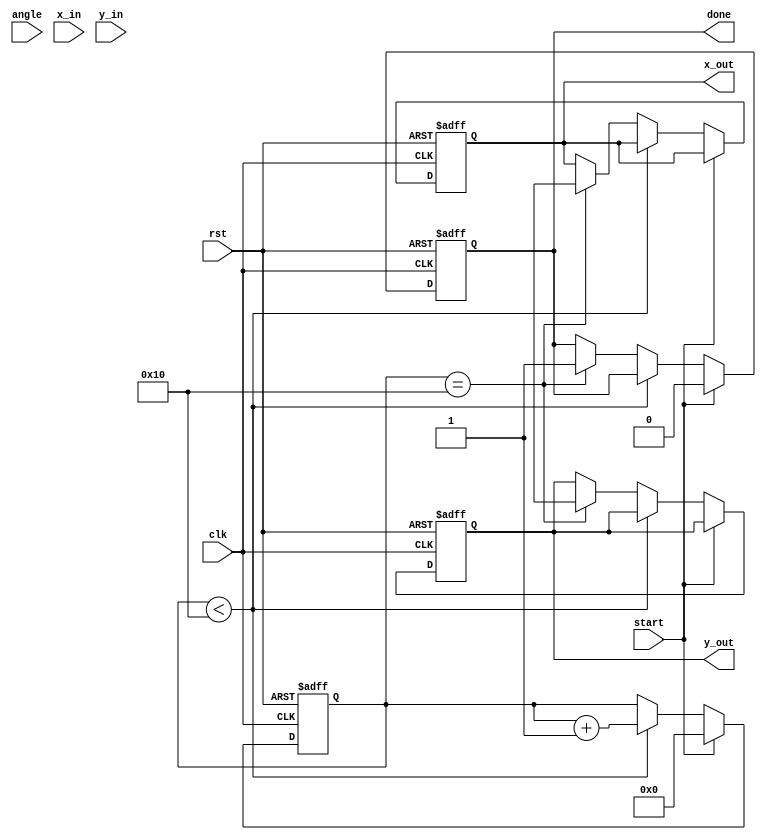
module CORDIC #(
    parameter N = 16,           // Number of iterations
    parameter DATA_WIDTH = 32   // Bit width for fixed-point representation
)(
    input wire clk,
    input wire rst,
    input wire start,
    input wire signed [DATA_WIDTH-1:0] angle, // Input angle
    input wire signed [DATA_WIDTH-1:0] x_in,   // Initial x vector
    input wire signed [DATA_WIDTH-1:0] y_in,   // Initial y vector
    output reg signed [DATA_WIDTH-1:0] x_out,  // Final x output
    output reg signed [DATA_WIDTH-1:0] y_out,  // Final y output
    output reg done                 // Indicates completion
);

    // Lookup Table for angles (arctan(2^-i))
    reg signed [DATA_WIDTH-1:0] angle_table [0:N-1];
    initial begin
        angle_table[0] = 32'h00000000; // 0 rad
        angle_table[1] = 32'h3B6DBA3D; // arctan(2^-1)
        angle_table[2] = 32'h3A830B2D; // arctan(2^-2)
        angle_table[3] = 32'h39C90F99; // arctan(2^-3)
        angle_table[4] = 32'h398A4C5E; // arctan(2^-4)
        angle_table[5] = 32'h396A376C; // arctan(2^-5)
        // Continue filling in the rest of the 16 angles...
    end

    // Lookup Table for scale factors
    reg signed [DATA_WIDTH-1:0] scale_table [0:N-1];
    initial begin
        scale_table[0] = 32'h00000001; // Scale factor for 0 iterations
        scale_table[1] = 32'h3F9F2C78; // Scale factor for 1 iteration
        scale_table[2] = 32'h3F56C16C; // Scale factor for 2 iterations
        scale_table[3] = 32'h3F1A3EEB; // Scale factor for 3 iterations
        // Continue filling in the rest of the scale factors...
    end

    // Internal signals
    reg signed [DATA_WIDTH-1:0] x [0:N-1];
    reg signed [DATA_WIDTH-1:0] y [0:N-1];
    reg [4:0] iteration;
    reg signed [DATA_WIDTH-1:0] current_angle;
    reg direction;

    // State machine for CORDIC iterations
    always @(posedge clk or posedge rst) begin
        if (rst) begin
            iteration <= 0;
            done <= 0;
            x_out <= 0;
            y_out <= 0;
        end else if (start) begin
            // Initialize inputs
            x[0] <= x_in;
            y[0] <= y_in;
            current_angle <= angle;
            iteration <= 0;
            done <= 0;
        end else if (iteration < N) begin
            // Determine direction
            direction = (current_angle < 0) ? 1'b1 : 1'b0;

            // CORDIC rotation logic
            if (direction) begin
                x[iteration+1] <= x[iteration] + (y[iteration] >>> iteration);
                y[iteration+1] <= y[iteration] - (x[iteration] >>> iteration);
                current_angle <= current_angle + angle_table[iteration];
            end else begin
                x[iteration+1] <= x[iteration] - (y[iteration] >>> iteration);
                y[iteration+1] <= y[iteration] + (x[iteration] >>> iteration);
                current_angle <= current_angle - angle_table[iteration];
            end
            
            // Apply scale factor
            x[iteration+1] <= x[iteration+1] * scale_table[iteration];
            y[iteration+1] <= y[iteration+1] * scale_table[iteration];

            // Increment iteration
            iteration <= iteration + 1;
        end else if (iteration == N) begin
            // Final output after all iterations
            x_out <= x[N];
            y_out <= y[N];
            done <= 1; // Indicate finished processing
        end
    end

endmodule